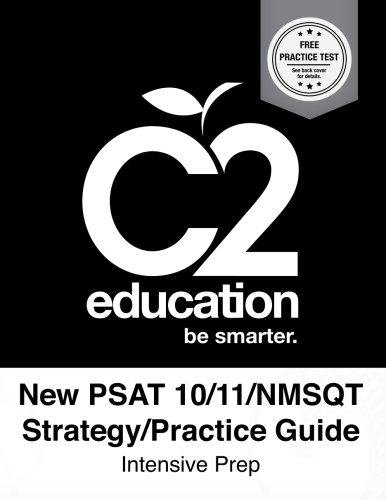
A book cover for New PSAT 10/11/NSMQT Strategy/Practice Guide Intensive Prep; C2 Education; Test Preparation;